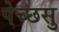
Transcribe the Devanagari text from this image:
पेच्छसु